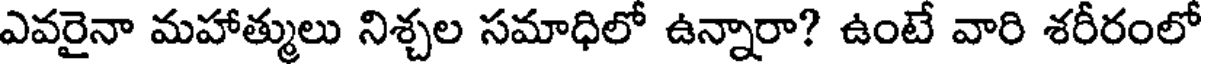
ఎవరైనా మహాత్ములు నిశ్చల సమాధిలో ఉన్నారా? ఉంటే వారి శరీరంలో